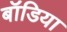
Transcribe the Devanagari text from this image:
बॉडिया